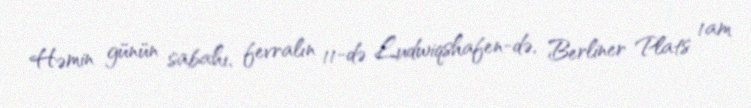
Həmin günün sabahı, fevralın 11-də Ludwiqshafen-də, Berliner Plats 1am